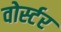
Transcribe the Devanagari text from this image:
वोर्स्टर